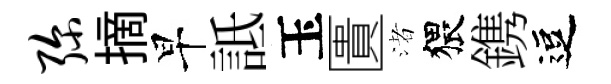
弥摘早詆玉匱渚猥鎸逗